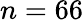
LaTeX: n=66